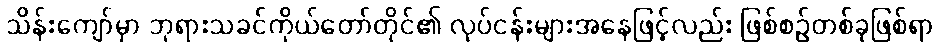
သိန်းကျော်မှာ ဘုရားသခင်ကိုယ်တော်တိုင်၏ လုပ်ငန်းများအနေဖြင့်လည်း ဖြစ်စဉ်တစ်ခုဖြစ်ရာ